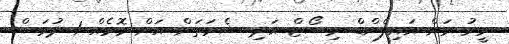
މީރު ރަށް އައިލެންޑް ރިސޯޓް އަދި ޝެރަތަން އަށް މޮޅެއް 1 ދުވަަސް